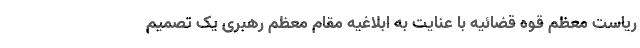
ریاست معظم قوه قضائیه با عنایت به ابلاغیه مقام معظم رهبری یک تصمیم